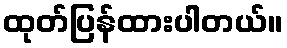
ထုတ်ပြန်ထားပါတယ်။